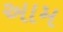
અામ